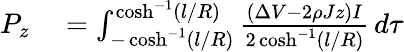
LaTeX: \begin{array}{rl}{P_{z}}&{{}=\int_{-\cosh^{-1}(l/R)}^{\cosh^{-1}(l/R)}\frac{(\Delta V-2\rho Jz)I}{2\cosh^{-1}(l/R)}\, d\tau}\end{array}